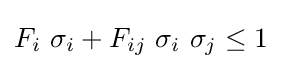
F_{i}~\sigma _{i}+F_{ij}~\sigma _{i}~\sigma _{j}\leq 1